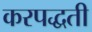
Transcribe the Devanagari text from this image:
करपद्धती